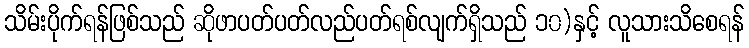
သိမ်းပိုက်ရန်ဖြစ်သည် ဆိုဖာပတ်ပတ်လည်ပတ်ရစ်လျက်ရှိသည် ၁၀)နှင့် လူသားသိစေရန်